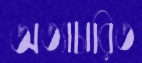
অত্যাচারিত